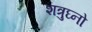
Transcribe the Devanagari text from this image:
शत्रुघ्नो